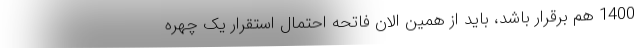
1400 هم برقرار باشد، باید از همین الان فاتحه احتمال استقرار یک چهره